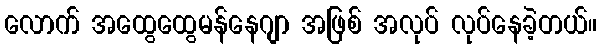
လောက် အထွေထွေမန်နေဂျာ အဖြစ် အလုပ် လုပ်နေခဲ့တယ်။